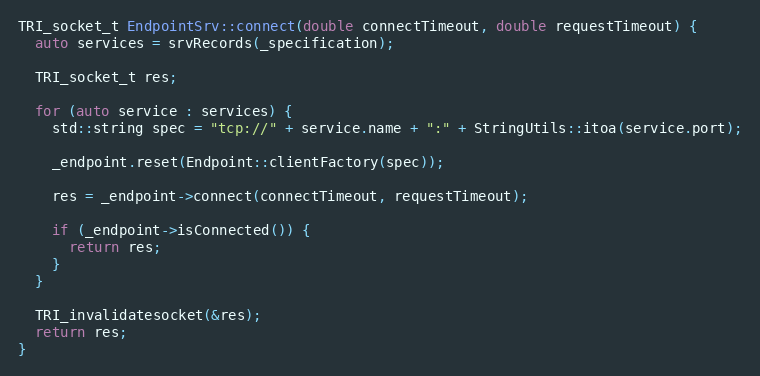
Language: C++
TRI_socket_t EndpointSrv::connect(double connectTimeout, double requestTimeout) {
  auto services = srvRecords(_specification);

  TRI_socket_t res;

  for (auto service : services) {
    std::string spec = "tcp://" + service.name + ":" + StringUtils::itoa(service.port);

    _endpoint.reset(Endpoint::clientFactory(spec));

    res = _endpoint->connect(connectTimeout, requestTimeout);

    if (_endpoint->isConnected()) {
      return res;
    }
  }

  TRI_invalidatesocket(&res);
  return res;
}